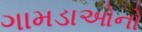
ગામડાઓનો